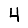
Digit: 4